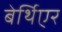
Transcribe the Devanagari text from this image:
बेर्थिएर